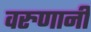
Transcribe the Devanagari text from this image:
वरुणानी